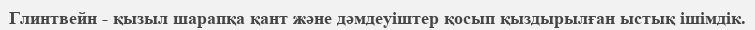
Глинтвейн - қызыл шарапқа қант және дәмдеуіштер қосып қыздырылған ыстық ішімдік.